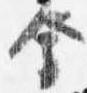
金